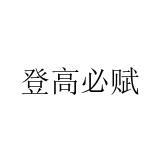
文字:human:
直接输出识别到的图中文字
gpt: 登高必赋